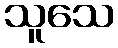
သူသေ